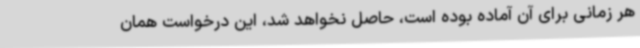
هر زمانی برای آن آماده بوده است، حاصل نخواهد شد، این درخواست همان